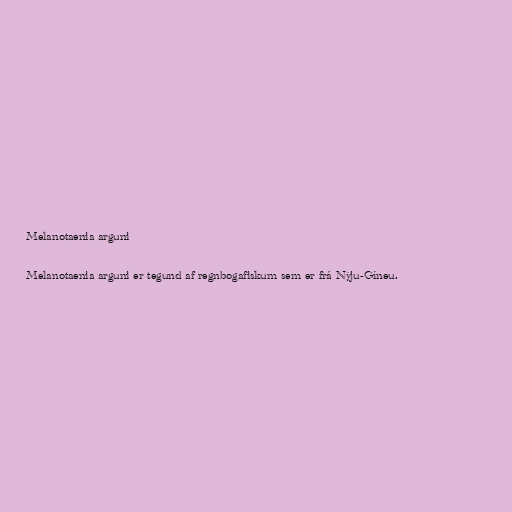
Melanotaenia arguni

Melanotaenia arguni er tegund af regnbogafiskum sem er frá Nýju-Gíneu.